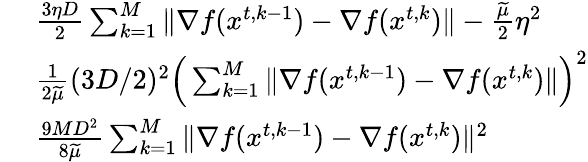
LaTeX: \begin{array}{rl}&{\frac{3\eta D}{2}\sum_{k=1}^{M}\| \nabla f({x}^{t,k-1})-\nabla f({x}^{t,k})\| -\frac{\widetilde\mu}{2}\eta^{2}}\\ {\le\ }&{\frac{1}{2\widetilde\mu}(3D/2)^{2}\Big(\sum_{k=1}^{M}\| \nabla f({x}^{t,k-1})-\nabla f({x}^{t,k})\| \Big)^{2}}\\ {\le\ }&{\frac{9MD^{2}}{8\widetilde\mu}\sum_{k=1}^{M}\| \nabla f({x}^{t,k-1})-\nabla f({x}^{t,k})\| ^{2}}\end{array}